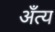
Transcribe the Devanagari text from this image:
अँत्य